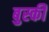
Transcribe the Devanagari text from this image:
बुस्की